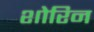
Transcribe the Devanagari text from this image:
शोरिन